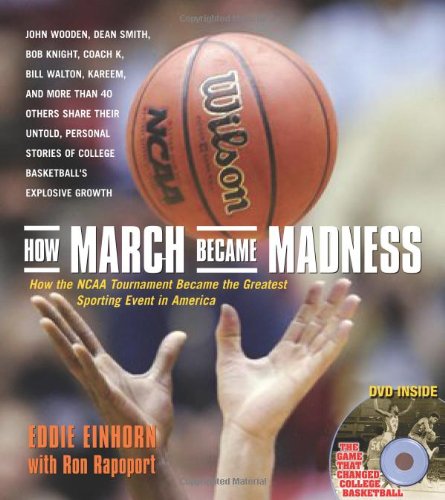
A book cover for How March Became Madness: How the NCAA Tournament Became the Greatest Sporting Event in America; Eddie Einhorn; Sports & Outdoors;